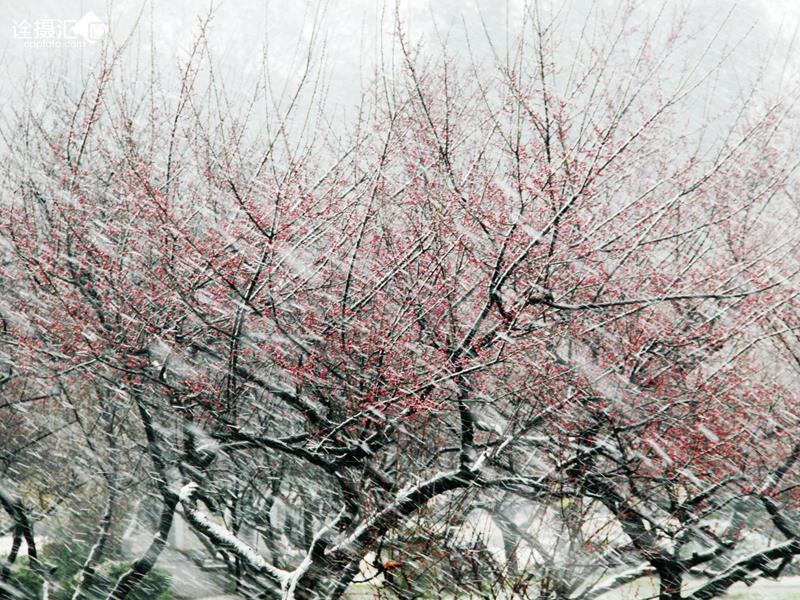
雪虐风饕愈凛然，花中气节最高坚。